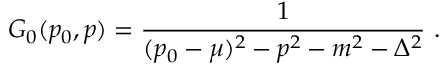
{ \cal G } _ { 0 } ( p _ { 0 } , p ) = { \frac { 1 } { ( p _ { 0 } - \mu ) ^ { 2 } - p ^ { 2 } - m ^ { 2 } - \Delta ^ { 2 } } } ~ .